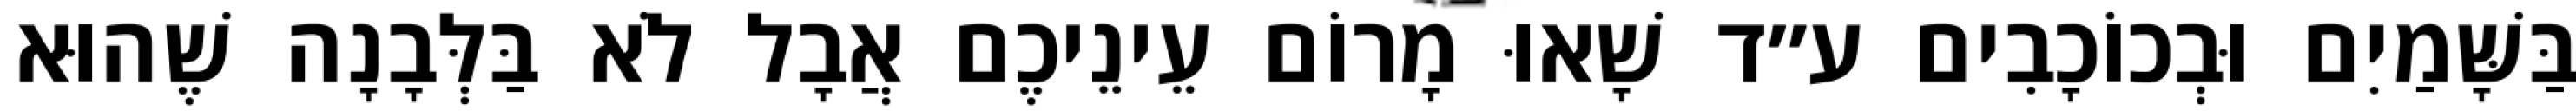
בַּשָּׁמַיִם וּבְכוֹכָבִים ע״ד שָׁאוּ מָרוֹם עֵינֵיכֶם אֲבָל לֹא בַּלְּבָנָה שֶׁהוּא